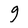
Character: g